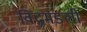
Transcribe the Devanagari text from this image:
विद्वमंडली